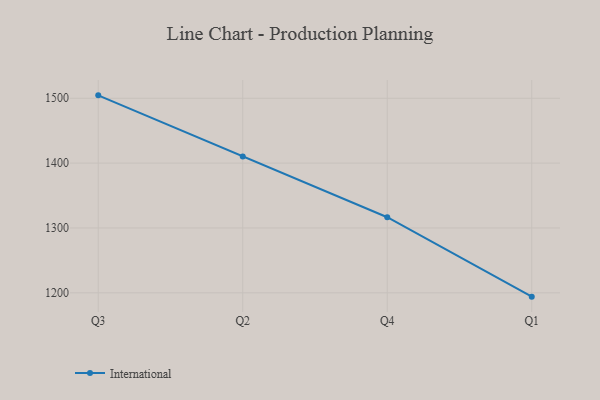
{"axis": {"x": "Quarter", "y": "Page Views"}, "legend": ["International"], "data": [{"x": "Q3", "y": 1504.5, "type": "International"}, {"x": "Q2", "y": 1410.2, "type": "International"}, {"x": "Q4", "y": 1316.6, "type": "International"}, {"x": "Q1", "y": 1194.1, "type": "International"}]}